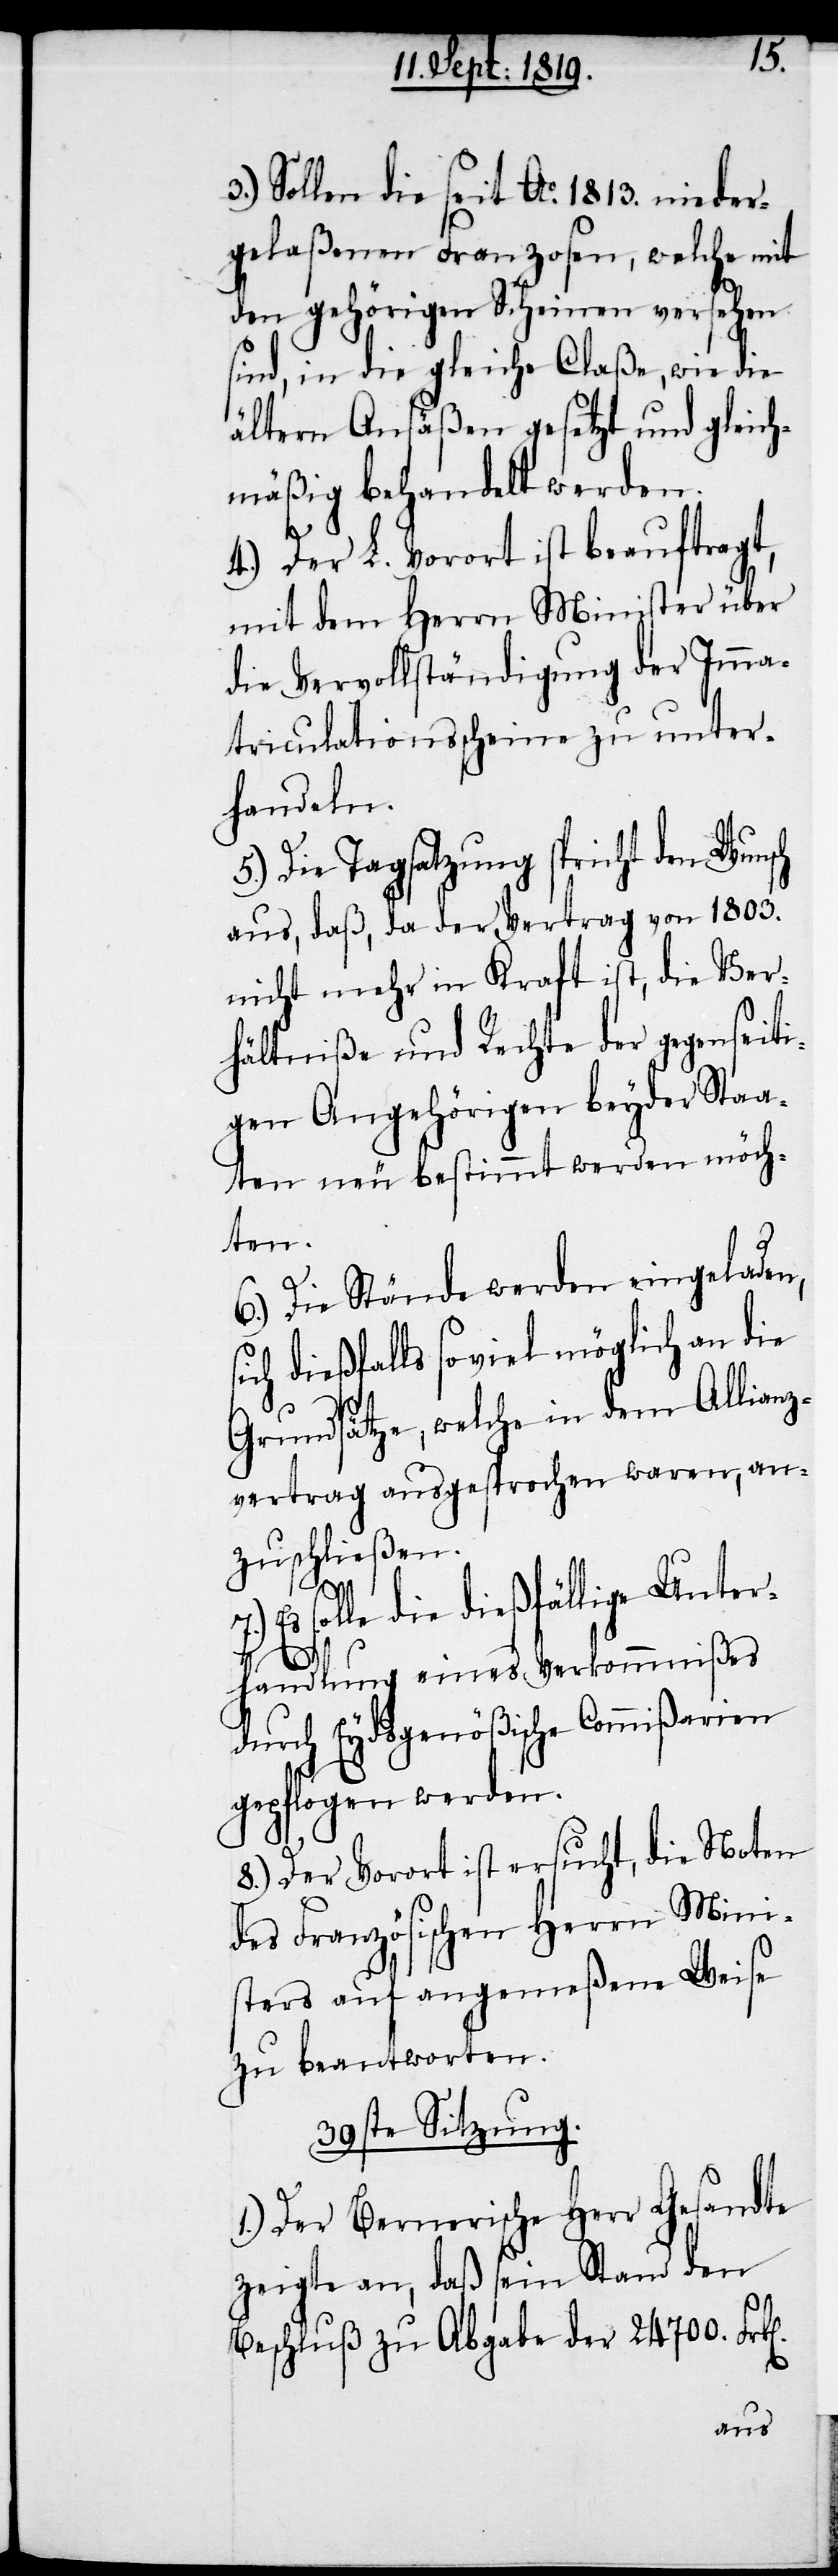
si¬
3.) Sollen die seit Ao. 1813. nieder¬
gelaßenen Franzosen, welche mit
den gehörigen Scheinen versehen
sind, in die gleiche Claße, wie die
ältern Ansäßen gesetzt und gleich¬
mäßig behandelt werden.
4.) Der L. Vorort ist beauftragt,
mit dem Herrn Minister über
die Vervollständigung der Imma¬
triculationsscheine zu unter¬
handeln.
5.) Die Tagsatzung spricht den Wunsch
aus, daß, da der Vertrag von 1803.
nicht mehr in Kraft ist, die Ver¬
hältniße und Rechte der gegenseiti¬
gen Angehörigen beyder Staa¬
ten neu bestimmt werden möch¬
k[en].
6.) Die Stände werden eingeladen,
ch dießfalls so viel möglich an die
Grundsätze, welche in dem Allianz¬
vertrag ausgesprochen waren, an¬
zuschließen.
solle die dießfällige Unter¬
handlung eines Verkommnißes
durch Eydsgenößische Commißarien
gepflogen werden.
8.) Der Vorort ist ersucht, die Noten
des Französischen Herrn Mini¬
sters auf angemeßene Weise
zu beantworten.
39ste Sitzung.
1.) Der Bernerische Herr Gesandte
zeigte an, daß sein Stand den
Beschluß zu Abgabe der 24700. Fr¬